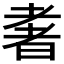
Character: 𱻭